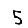
Digit: 5